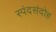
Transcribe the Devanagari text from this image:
स्पंदसंदोह